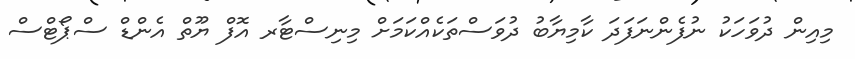
މިއިން ދުވަހަކު ނުފެންނަފަދަ ކާމިޔާބު ދުވަސްތަކެއްކަމަށް މިނިސްޓާރ އޮފް ޔޫތް އެންޑް ސްޕޯޓްސް